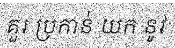
គួរ ប្រកាន់ យក នូវ